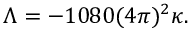
\Lambda = - 1 0 8 0 ( 4 \pi ) ^ { 2 } \kappa .